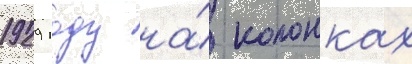
1929 году на́ колонках